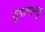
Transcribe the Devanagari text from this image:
युगानान्तु